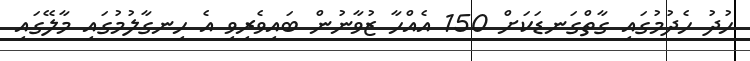
ހުދު ހެދުމުގައި ގާތްގަނޑަކަށް 150 އެއްހާ ޒުވާނުން ބައިވެރިވި އެ ހިނގާލުމުގައި މާލޭގައި